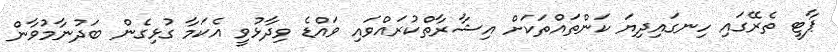
ޕާޓީ ތެރޭގައި ހިނގައިދިޔަ ކަންތައްތަކަށް އިޝާރާތްކުރައްވައި ވައްޑެ ވިދާޅުވީ އެކަމާ ގުޅިގެން ބަދުނާމުވާން